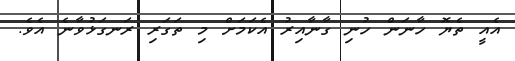
އެއީ ތެޔޮ ހާނަން ހުނި ގާނާއިރު އެކަމަށް މި ތަގަރި ރަނގަޅުވާނެ އެވެ.